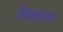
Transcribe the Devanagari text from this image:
विशवात्मा